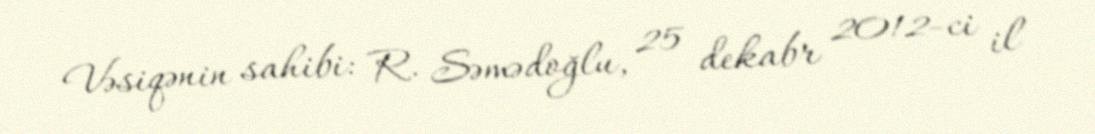
Vəsiqənin sahibi: R. Səmədoğlu, 25 dekabr 2012-ci il